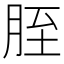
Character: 胵